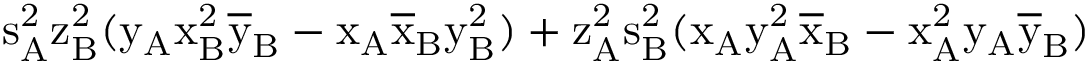
\mathrm { s _ { A } ^ { 2 } \mathrm { z _ { B } ^ { 2 } ( \mathrm { y _ { A } \mathrm { x _ { B } ^ { 2 } \mathrm { \overline { { y } } _ { B } - \mathrm { x _ { A } \mathrm { \overline { { x } } _ { B } \mathrm { y _ { B } ^ { 2 } ) + \mathrm { z _ { A } ^ { 2 } \mathrm { s _ { B } ^ { 2 } ( \mathrm { x _ { A } \mathrm { y _ { A } ^ { 2 } \mathrm { \overline { { x } } _ { B } - \mathrm { x _ { A } ^ { 2 } \mathrm { y _ { A } \mathrm { \overline { { y } } _ { B } ) } } } } } } } } } } } } } } } }